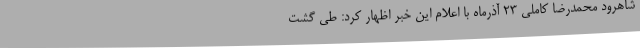
شاهرود محمدرضا کاملی 23 آذرماه با اعلام این خبر اظهار کرد: طی گشت